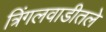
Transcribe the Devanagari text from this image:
त्रिंगलवाडीतले